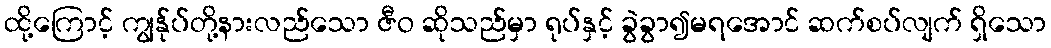
ထို့ကြောင့် ကျွန်ုပ်တို့နားလည်သော ဇီဝ ဆိုသည်မှာ ရုပ်နှင့် ခွဲခွာ၍မရအောင် ဆက်စပ်လျက် ရှိသော